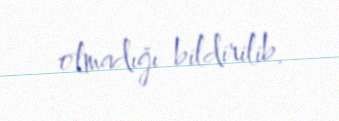
olmadığı bildirilib.